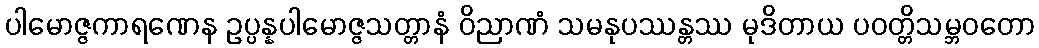
ပါမောဇ္ဇကာရဏေန ဥပ္ပန္နပါမောဇ္ဇသတ္တာနံ ဝိညာဏံ သမနုပဿန္တဿ မုဒိတာယ ပဝတ္တိသမ္ဘဝတော